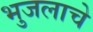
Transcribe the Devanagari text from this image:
भुजलाचे